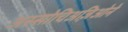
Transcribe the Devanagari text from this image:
अस्सोचिअज़िओने